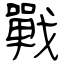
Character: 戰